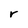
Character: r